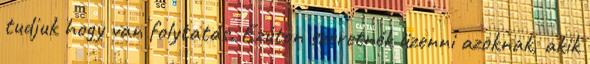
tudjuk hogy van folytatás. Ezúton szeretnék üzenni azoknak, akik